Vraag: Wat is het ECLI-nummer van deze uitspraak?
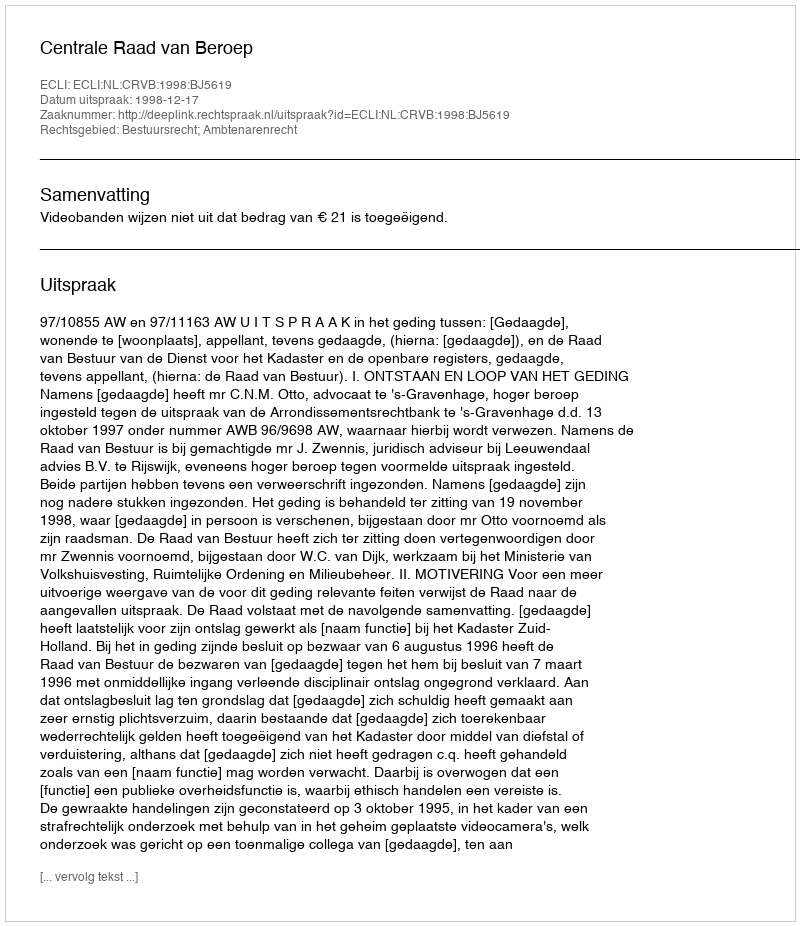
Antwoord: ECLI:NL:CRVB:1998:BJ5619